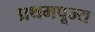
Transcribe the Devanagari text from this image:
प्रथमपूज्य